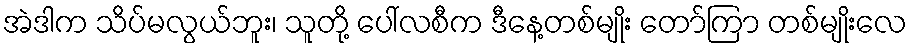
အဲဒါက သိပ်မလွယ်ဘူး၊ သူတို့ ပေါ်လစီက ဒီနေ့တစ်မျိုး တော်ကြာ တစ်မျိုးလေ